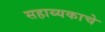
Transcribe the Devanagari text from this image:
सहाय्यकाचे